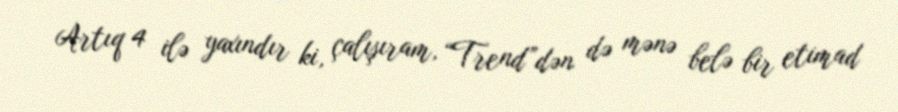
Artıq 4 ilə yaxındır ki, çalışıram, “Trend”dən də mənə belə bir etimad